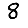
Digit: 8